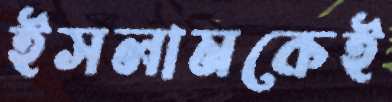
ইসলামকেই